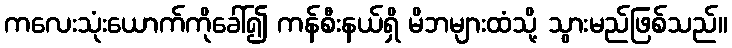
ကလေးသုံးယောက်ကိုခေါ်၍ ကန်စီးနယ်ရှိ မိဘများထံသို့ သွားမည်ဖြစ်သည်။